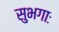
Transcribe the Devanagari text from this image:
सुभगाः